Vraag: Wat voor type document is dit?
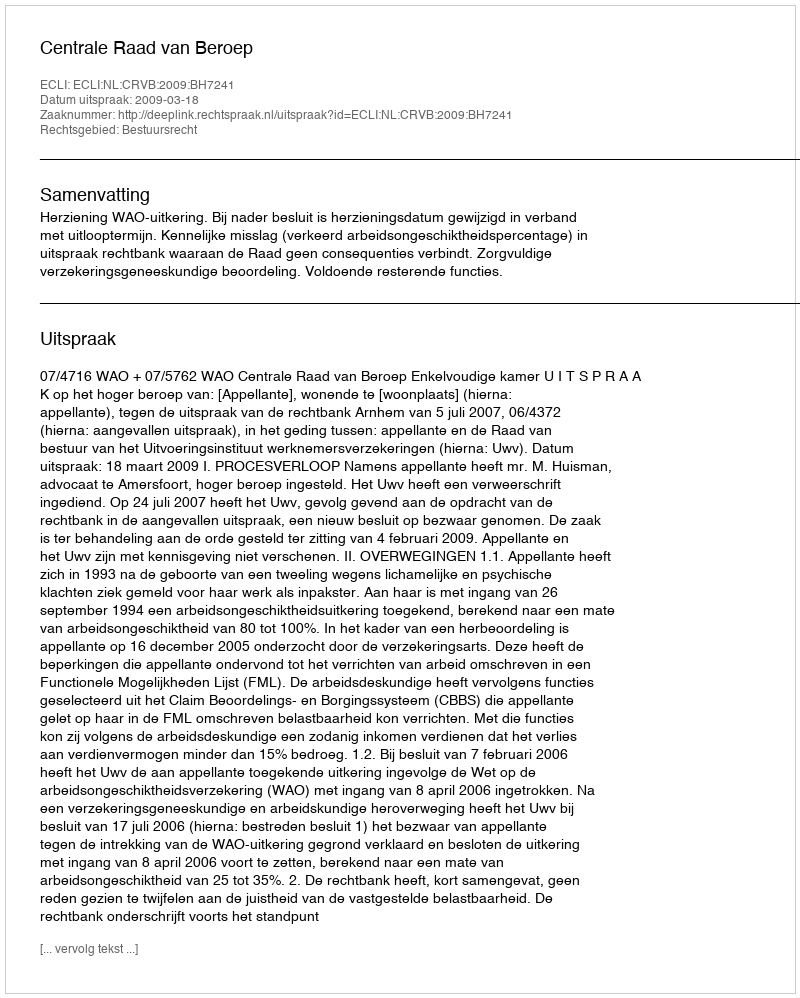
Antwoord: Uitspraak